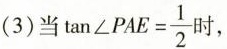
D(3)当$$t a n ∠ P A E = \frac { 1 } { 2 }$$时，